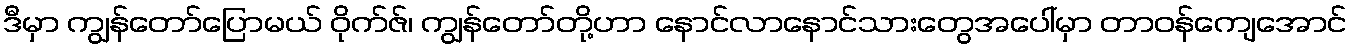
ဒီမှာ ကျွန်တော်ပြောမယ် ဝိုက်ဇ်၊ ကျွန်တော်တို့ဟာ နောင်လာနောင်သားတွေအပေါ်မှာ တာဝန်ကျေအောင်